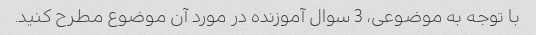
با توجه به موضوعی، 3 سوال آموزنده در مورد آن موضوع مطرح کنید.